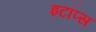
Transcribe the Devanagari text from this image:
इटॉप्स